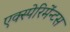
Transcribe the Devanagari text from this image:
एक्स्पेरिमेंन्टस